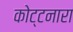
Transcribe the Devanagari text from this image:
कोट्टनारा